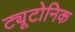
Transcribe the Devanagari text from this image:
ट्यूटोनिक